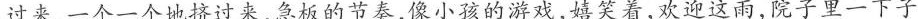
过来，一个一个地挤过来，急板的节奏，像小孩的游戏，嬉笑着，欢迎这雨，院子里一下子